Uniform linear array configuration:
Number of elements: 48
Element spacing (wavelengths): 0.5
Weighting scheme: kaiser
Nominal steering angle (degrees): -45
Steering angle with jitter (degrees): -44.659
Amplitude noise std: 0.05
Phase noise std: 0.05

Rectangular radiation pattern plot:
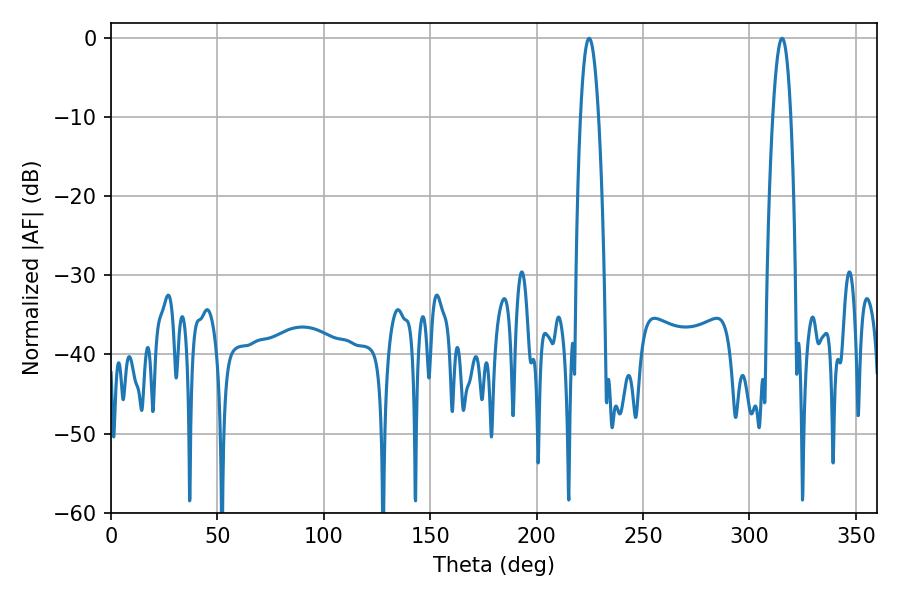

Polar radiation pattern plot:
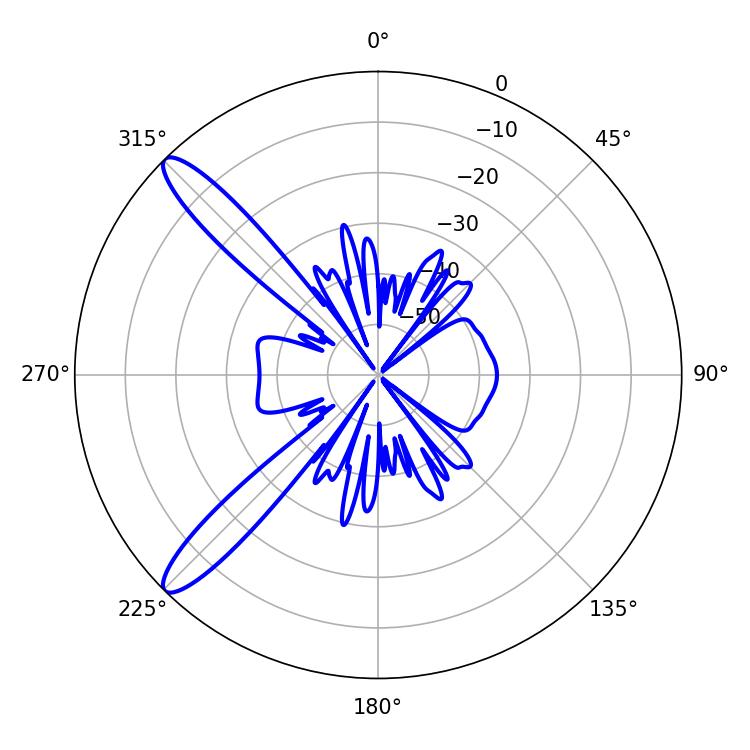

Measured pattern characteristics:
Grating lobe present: FALSE
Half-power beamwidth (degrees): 4.5
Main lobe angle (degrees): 224.64